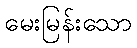
မေးမြန်းသော